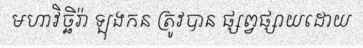
មហាវិច្ឆិរ៉ា ឡុងកន ត្រូវបាន ផ្សព្វផ្សាយដោយ